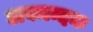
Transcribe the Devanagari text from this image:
अवमन्दक